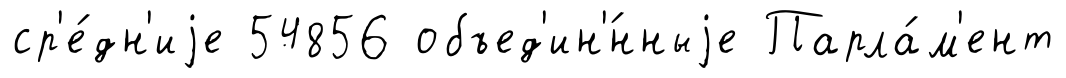
ср'е́дн'иjе 54856 объед'ин'́нныjе Парла́м'ент